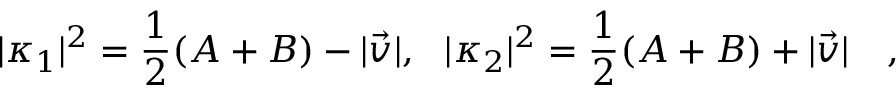
| \kappa _ { 1 } | ^ { 2 } = { \frac { 1 } { 2 } } ( A + B ) - | \vec { v } | , ~ ~ | \kappa _ { 2 } | ^ { 2 } = { \frac { 1 } { 2 } } ( A + B ) + | \vec { v } | ~ ~ ~ ,